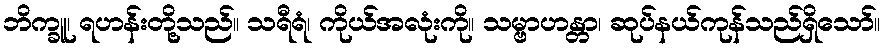
ဘိက္ခူ၊ ရဟန်းတို့သည်။ သရီရံ၊ ကိုယ်အလုံးကို။ သမ္ဗာဟန္တာ၊ ဆုပ်နယ်ကုန်သည်ရှိသော်။